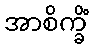
အာစိက္ခိံ